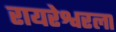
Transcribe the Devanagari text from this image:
रायरेश्वरला